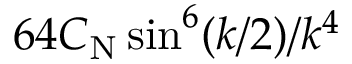
6 4 C _ { \mathrm { N } } \sin ^ { 6 } ( k / 2 ) / k ^ { 4 }